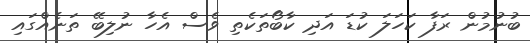
ބުނުމުން ރަފާ ކަހަލަ ކުޑަ އަދި ކާބޯތަކެތި ވެސް އެހާ ނުލިބޭ ތަނެއްގައި